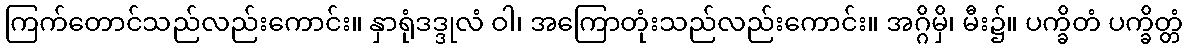
ကြက်တောင်သည်လည်းကောင်း။ နှာရုံဒဒ္ဒုလံ ဝါ၊ အကြောတုံးသည်လည်းကောင်း။ အဂ္ဂိမှိ၊ မီး၌။ ပက္ခိတံ ပက္ခိတ္တံ